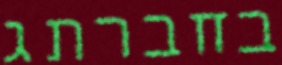
בחברתג